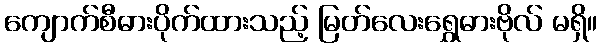
ကျောက်စီဓားပိုက်ထားသည့် မြတ်လေးရွှေဓားဗိုလ် မရှိ။